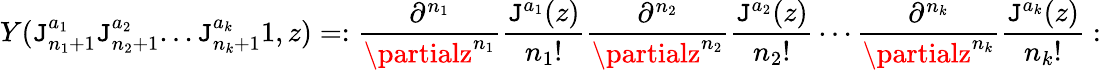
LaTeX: Y(\mathtt{J}_{n_{1}+1}^{a_{1}}\mathtt{J}_{n_{2}+1}^{a_{2}}...\mathtt{J}_{n_{k}+1}^{a_{k}}1,z)=:{\frac{{\partial^{n_{1}}}}{{\partialz^{n_{1}}}}}{\frac{{\mathtt{J}^{a_{1}}(z)}}{{n_{1}!}}}{\frac{{\partial^{n_{2}}}}{{\partialz^{n_{2}}}}}{\frac{{\mathtt{J}^{a_{2}}(z)}}{{n_{2}!}}}\cdots{\frac{{\partial^{n_{k}}}}{{\partialz^{n_{k}}}}}{\frac{{\mathtt{J}^{a_{k}}(z)}}{{n_{k}!}}}: